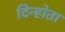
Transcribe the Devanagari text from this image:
दिन्होता